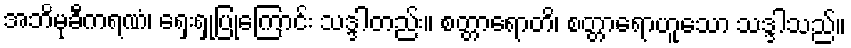
အဘိမုခီကရဏံ၊ ရှေးရှုပြုကြောင်း သဒ္ဒါတည်း။ စတ္တာရောတိ၊ စတ္တာရောဟူသော သဒ္ဒါသည်။